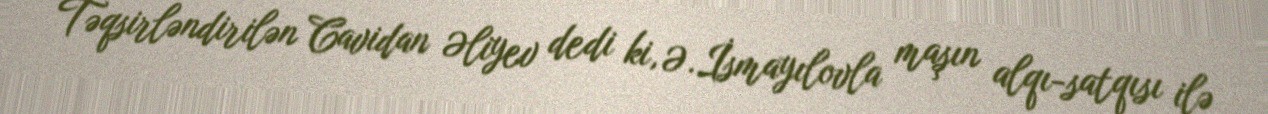
Təqsirləndirilən Cavidan Əliyev dedi ki, Ə.İsmayılovla maşın alqı-satqısı ilə